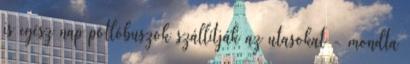
is egész nap pótlóbuszok szállítják az utasokat - mondta